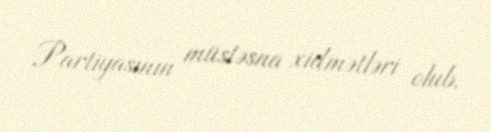
Partiyasının müstəsna xidmətləri olub.